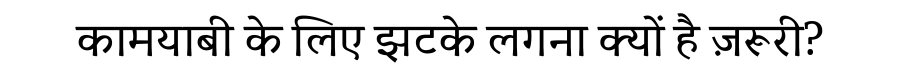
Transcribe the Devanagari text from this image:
कामयाबी के लिए झटके लगना क्यों है ज़रूरी?